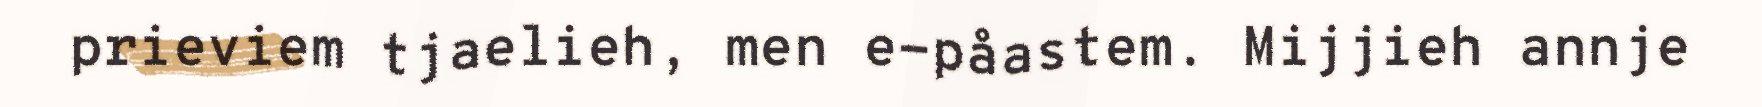
prieviem tjaelieh, men e-påastem. Mijjieh annje